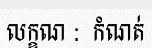
លក្ខណ :  កំណត់